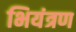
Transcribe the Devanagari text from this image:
भियंत्रण